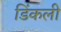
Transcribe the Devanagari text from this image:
डिंकली